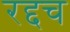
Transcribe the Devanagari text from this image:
रद्दच